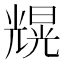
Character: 𠒼